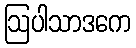
ဩပါသာဒကေ